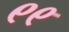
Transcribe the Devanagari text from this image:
९९